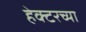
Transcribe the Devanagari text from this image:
हेक्टरच्या